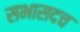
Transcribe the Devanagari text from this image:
सभासदच